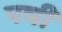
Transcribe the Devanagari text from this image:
पची